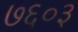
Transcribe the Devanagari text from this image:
७६०३